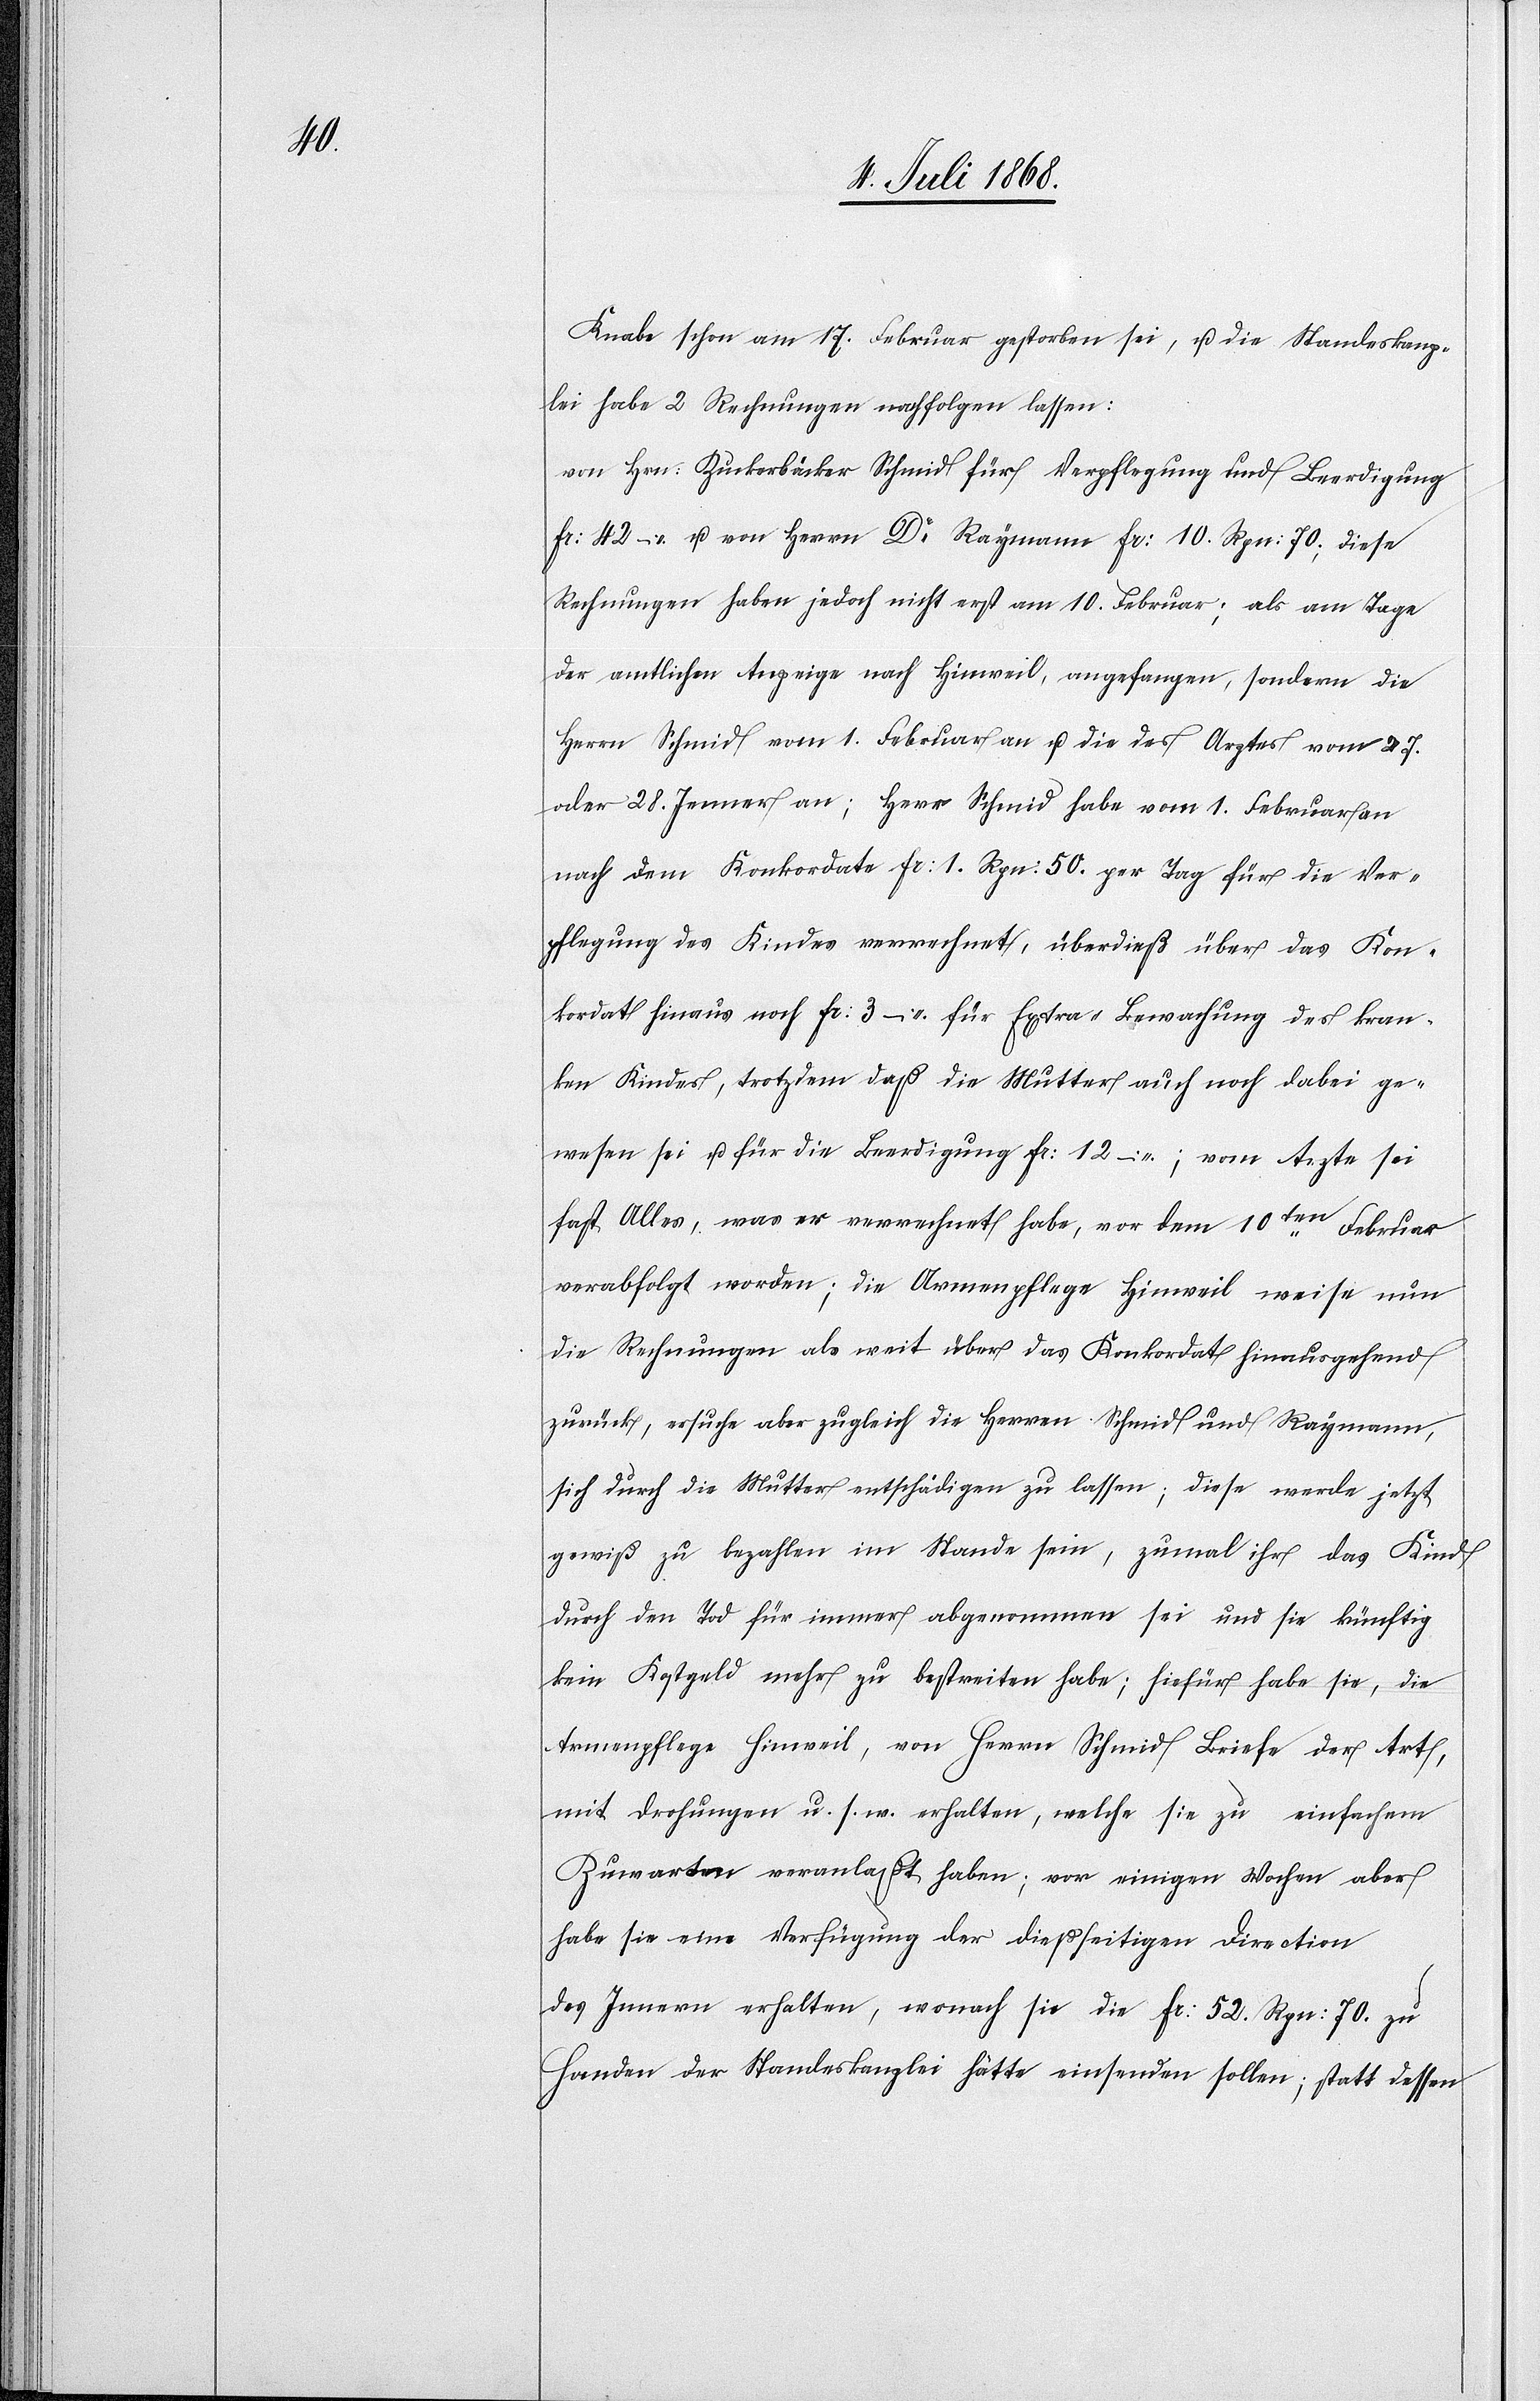
Knabe schon am 17. Februar gestorben sei, u. die Standeskanz¬
lei habe 2 Rechnungen nachfolgen lassen:
von Hrn: Zuckerbäcker Schmid für Verpflegung und Beerdigung
Fr: 42 – u. von Herrn Dr Raymann Fr: 10. Rpn: 70; diese
Rechnungen haben jedoch nicht erst am 10. Februar; als am Tage
der amtlichen Anzeige nach Hinweil, angefangen, sondern die
Herrn Schmid vom 1. Februar an u. die des Arztes vom 27.
oder 28. Jenner an; Herr Schmid habe vom 1. Februar an
nach dem Konkordate Fr: 1. Rpn: 50. per Tag für die Ver¬
pflegung des Kindes verrechnet, überdieß über das Kon¬
kordat hinaus noch Fr: 3 – Für Extra-Bewachung des kran¬
ken Kindes, trotzdem daß die Mutter auch noch dabei ge¬
wesen sei u. für die Beerdigung Fr: 12 –; vom Arzte sei
fast Alles, was er verrechnet habe, vor dem 10ten Februar
verabfolgt worden; die Armenpflege Hinweil weise nun
die Rechnungen als weit über das Konkordat hinausgehend
zurück, ersuche aber zugleich die Herren Schmid und Raymann,
sich durch die Mutter entschädigen zu lassen; diese werde jetzt
gewiß zu bezahlen im Stande sein, zumal ihr das Kind
durch den Tod für immer abgenommen sei und sie künftig
kein Kostgeld mehr zu bestreiten habe; hiefür habe sie, die
Armenpflege Hinweil, von Herrn Schmid Briefe der Art,
mit Drohungen u. s. w. erhalten, welche sie zu einfachem
Zuwarten veranlaßt haben; vor einigen Wochen aber
habe sie eine Verfügung der dießseitigen Direction
des Innern erhalten, wonach sie die Fr: 52. Rpn: 70. zu
Handen der Standeskanzlei hätte einsenden sollen; statt dessen